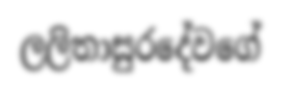
ලලිතාසුරදේවගේ